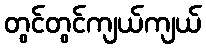
တွင်တွင်ကျယ်ကျယ်